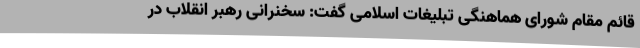
قائم مقام شورای هماهنگی تبلیغات اسلامی گفت: سخنرانی رهبر انقلاب در